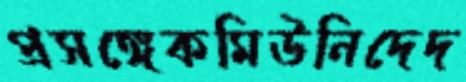
প্রসঙ্গেকমিউনিদেদ